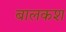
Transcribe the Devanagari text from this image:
बालकश